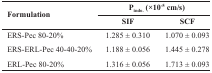
<table><thead><tr><td rowspan="3"><b>Formulation</b></td><td colspan="2"><b>P<sub>indo.</sub>(x10<sup>-5</sup>cm/s)</b></td></tr><tr><td><b>SIF</b></td><td><b>SCF</b></td></tr></thead><tbody><tr><td>ERS-Pec 80-20%</td><td>1.285±0.310</td><td>1.070±0.093</td></tr><tr><td>ERS-ERL-Pec 40-40-20%</td><td>1.188±0.056</td><td>1.445±0.278</td></tr><tr><td>ERL-Pec 80-20%</td><td>1.316±0.056</td><td>1.713±0.093</td></tr></tbody></table>